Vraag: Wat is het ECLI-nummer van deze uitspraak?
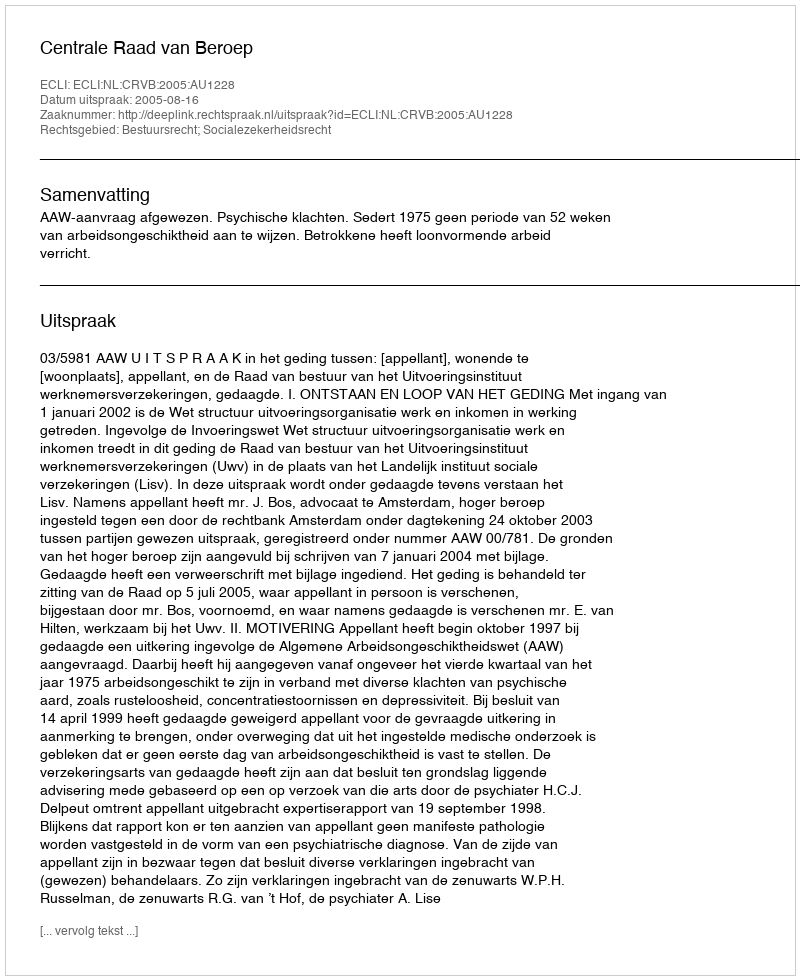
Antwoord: ECLI:NL:CRVB:2005:AU1228